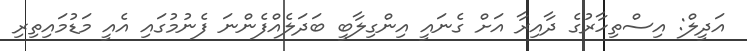
އަދީލް: އިސްތިހާރުގެ ދާއިރާ އަށް ގެނައީ އިންގިލާބީ ބަދަލެއްފެންނަ ފެނުމުގައި އެއީ މަޑުމައިތިރި